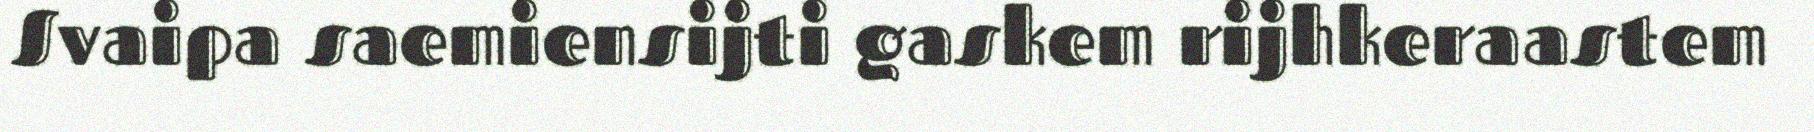
Svaipa saemiensijti gaskem rijhkeraastem